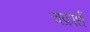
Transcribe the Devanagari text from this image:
चक्रार्ध